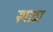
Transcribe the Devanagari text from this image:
स्पाडा